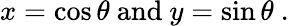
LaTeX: x=\cos\theta\ \mathrm{and}\ y=\sin\theta\ .